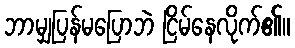
ဘာမျှပြန်မပြောဘဲ ငြိမ်နေလိုက်၏။